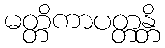
မတ္တိကာပတ္တန္တိ